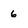
Character: 6